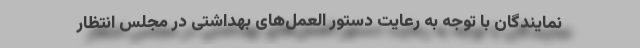
نمایندگان با توجه به رعایت دستور العمل‌های بهداشتی در مجلس انتظار